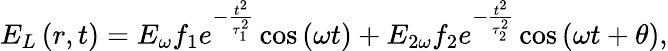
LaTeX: E_{L}\left(r,t\right)=E_{\omega}f_{1}e^{-\frac{t^{2}}{\tau_{1}^{2}}}\cos\left(\omega t\right)+E_{2\omega}f_{2}e^{-\frac{t^{2}}{\tau_{2}^{2}}}\cos\left(\omega t+\theta\right),